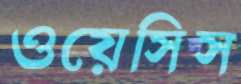
ওয়েসিস